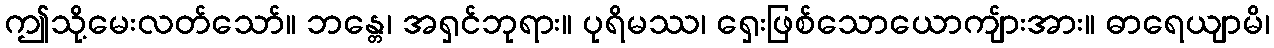
ဤသို့မေးလတ်သော်။ ဘန္တေ၊ အရှင်ဘုရား။ ပုရိမဿ၊ ရှေးဖြစ်သောယောကျ်ားအား။ ဓာရေယျာမိ၊